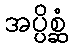
အပ္ပိစ္ဆံ